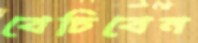
বেচিবেন